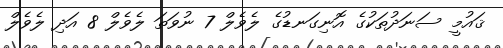
ޤައުމީ ސަނަދުތަކުގެ އޮނިގަނޑުގެ ލެވެލް 7 ނުވަތަ ލެވެލް 8 އަދި ލެވެލް